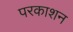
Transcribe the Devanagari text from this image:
परकाशन